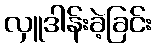
လှူဒါန်းခဲ့ခြင်း